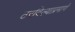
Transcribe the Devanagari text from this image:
ठरविल्याप्रमाणे